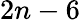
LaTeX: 2n-6